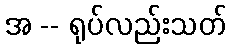
အ -- ရုပ်လည်းသတ်